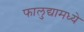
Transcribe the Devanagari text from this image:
फालुद्यामध्ये